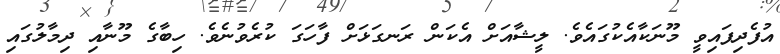
އުފެދިފައިވީ މޫނަކާއެކުގައެވެ. ލީޝާއަށް އެކަން ރަނގަޅަށް ފާހަގަ ކުރެވުނެވެ. ހިބާގެ މޫނާއި ދިމާލުގައި